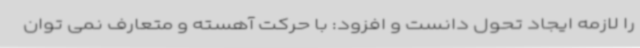
را لازمه ایجاد تحول دانست و افزود: با حرکت آهسته و متعارف نمی توان